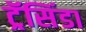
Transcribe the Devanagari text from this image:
ट्रॅसिंडा